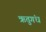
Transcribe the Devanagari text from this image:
ऋतुगंध